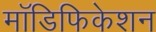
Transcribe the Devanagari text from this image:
मॉडिफिकेशन